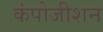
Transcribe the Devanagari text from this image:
कंपोजीशन